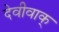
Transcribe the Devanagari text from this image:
देवीवाक्‌